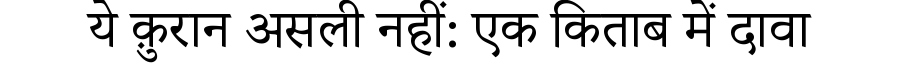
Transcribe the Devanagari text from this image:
ये क़ुरान असली नहीं: एक किताब में दावा